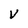
Character: V